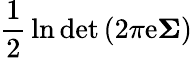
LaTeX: {\frac{1}{2}}\ln\operatorname*{det}\left(2\pi\mathrm{e}{\boldsymbol{\Sigma}}\right)